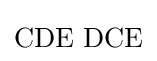
\mathrm {CDE\,\,DCE}